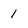
Character: 1